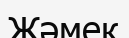
Жәмек